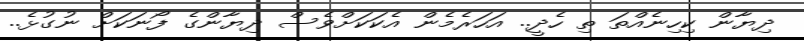
ދިޔާން ކިހިނެއްތަ ތި ހެދީ.. އަހަރެމެން އެކަކަށްވެސް ދިޔާންގެ ފޯނަކަށް ނުގުޅެ..